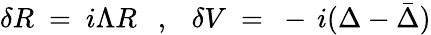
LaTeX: \delta R~=~i\Lambda R~~~,~~~\delta V~=~-\, i(\Delta-\bar{\Delta})